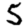
Digit: 5